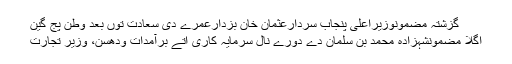
گزشتہ مضمونوزیراعلیٰ پنجاب سردارعثمان خان بزدارعمرے دی سعادت توں بعد وطن پج گین
اگلا مضمونشہزادہ محمد بن سلمان دے دورے نال سرمایہ کاری اتے برآمدات ودھسن، وزیر تجارت